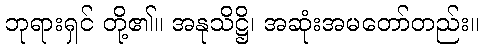
ဘုရားရှင် တို့၏။ အနုသိဋ္ဌိ၊ အဆုံးအမတော်တည်း။